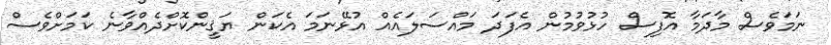
ނަމަވެސް މާދަމާ އޮފިސް ހުޅުވުމުން އެފަދަ މައްސަލައެއް އުޅޭނަމަ އެކަން ޔަޤީންކޮށްދެއްވާނެ ކަމަށްވެސް